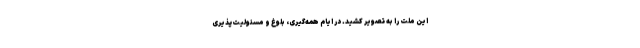
این ملّت را به تصویر کشید. در ایام همه‌گیری، بلوغ و مسئولیت‌پذیری